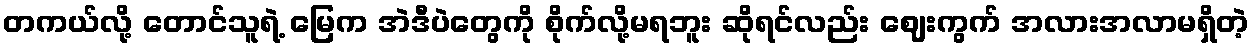
တကယ်လို့ တောင်သူရဲ့ မြေက အဲဒီပဲတွေကို စိုက်လို့မရဘူး ဆိုရင်လည်း ဈေးကွက် အလားအလာမရှိတဲ့